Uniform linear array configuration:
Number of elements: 64
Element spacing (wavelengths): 1
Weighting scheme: hann
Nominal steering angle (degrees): -45
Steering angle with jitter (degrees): -46.818
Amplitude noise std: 0.05
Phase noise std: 0.05

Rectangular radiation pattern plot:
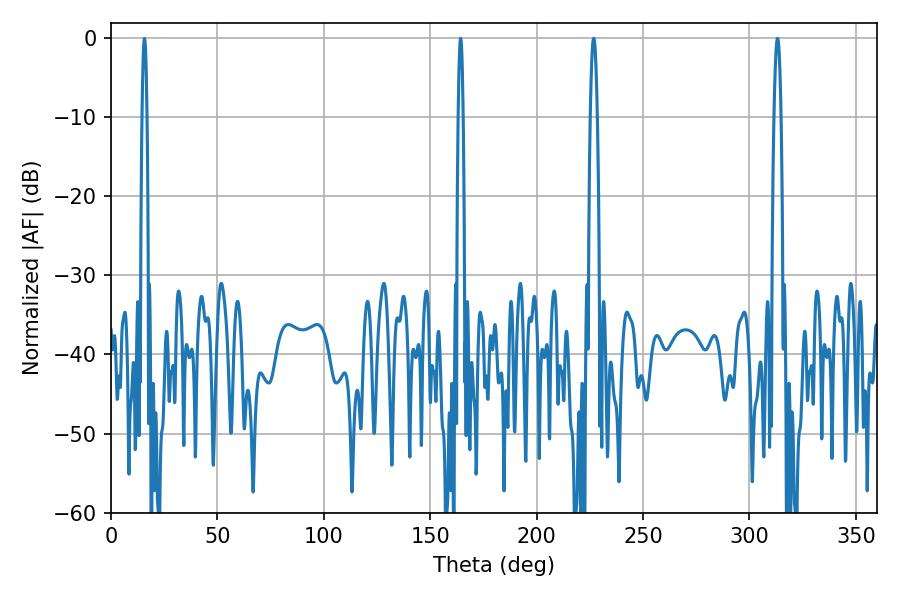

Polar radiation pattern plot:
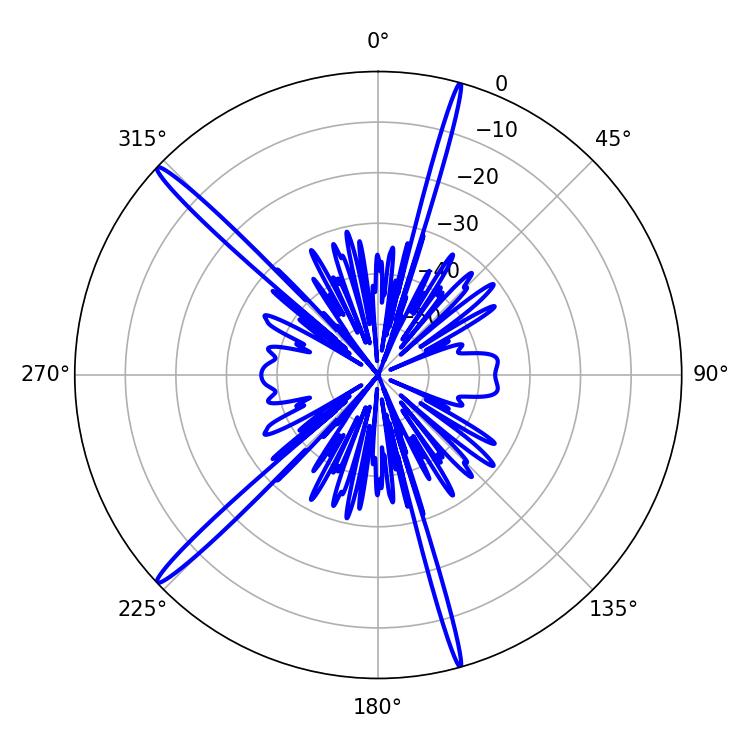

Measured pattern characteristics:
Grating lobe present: TRUE
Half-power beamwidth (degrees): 1.8
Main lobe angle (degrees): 226.8